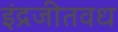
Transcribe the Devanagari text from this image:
इंद्रजीतवध